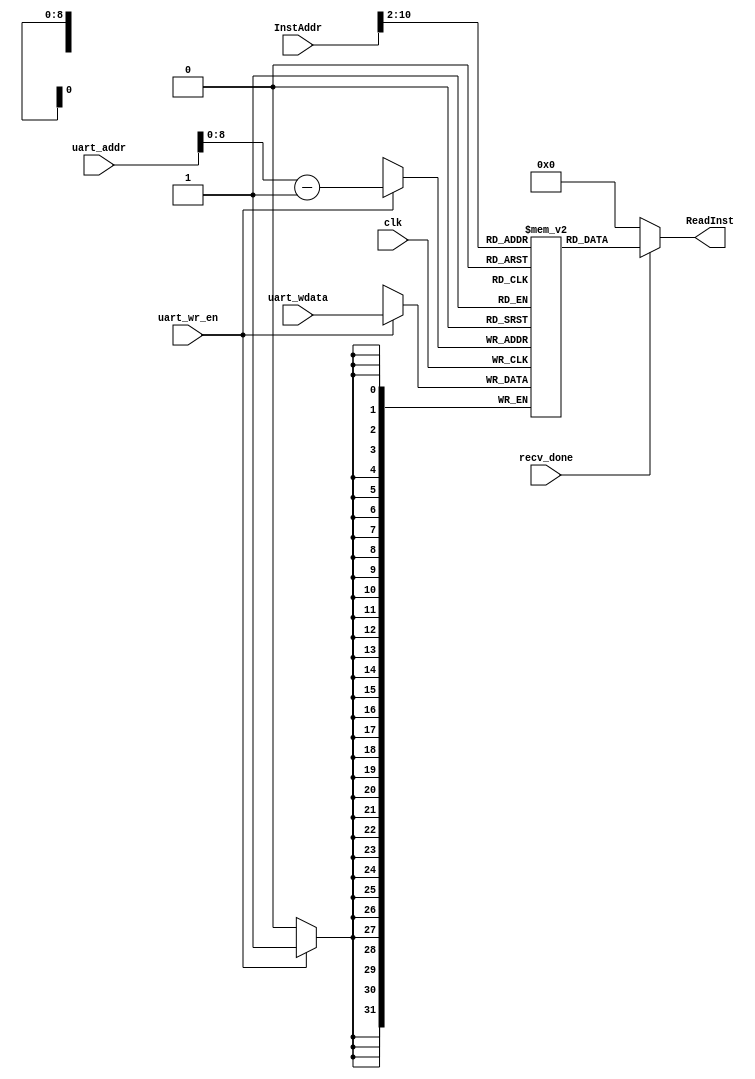
`timescale 1ns / 1ps
//////////////////////////////////////////////////////////////////////////////////
// Class: Experiments on Fundamentals of Digital Logic and Processor
// Designer: Shao Chenyang
// 
// Design Name: PipelineCPU
// Module Name: InstMem
// Project Name: Pipeline-cpu
// Target Devices: 
// Tool Versions: Vivado 2017.4 
// Description:  store all the instructions, instructions memory. 
// 
// Dependencies: 
// 
// Revision:
// Revision 0.01 - File Created
// Additional Comments:
// 
//////////////////////////////////////////////////////////////////////////////////

module InstMem (clk, InstAddr, ReadInst, uart_addr, uart_wr_en, uart_wdata, recv_done);

    input clk;
    input [31:0] InstAddr;
    input [15:0] uart_addr;
    input uart_wr_en;
    input [31:0] uart_wdata;
    input recv_done;

    output [31:0] ReadInst;

    parameter MEM_SIZE = 512;
    reg [31:0] instData [MEM_SIZE-1 : 0];

    always@(posedge clk)
    begin
        if (uart_wr_en) instData[uart_addr-1] <= uart_wdata;
    end

    assign ReadInst = recv_done ? instData[InstAddr[10:2]] : 0;

endmodule
/*
    parameter Inst_Num = 134;
    integer i;
    initial 
    begin   
        instData[9'd0] <= 32'h20100050;
        instData[9'd1] <= 32'h20110320;
        instData[9'd2] <= 32'h20120020;
        instData[9'd3] <= 32'h20130004;
        instData[9'd4] <= 32'h3c016162;
        instData[9'd5] <= 32'h34216162;
        instData[9'd6] <= 32'h00014020;
        instData[9'd7] <= 32'hae080000;
        instData[9'd8] <= 32'hae080004;
        instData[9'd9] <= 32'hae080008;
        instData[9'd10] <= 32'hae08000c;
        instData[9'd11] <= 32'hae080010;
        instData[9'd12] <= 32'hae080014;
        instData[9'd13] <= 32'hae080018;
        instData[9'd14] <= 32'hae08001c;
        instData[9'd15] <= 32'h3c016162;
        instData[9'd16] <= 32'h34216162;
        instData[9'd17] <= 32'h00014020;
        instData[9'd18] <= 32'hae280000;
        instData[9'd19] <= 32'h24080000;
        instData[9'd20] <= 32'h24090000;
        instData[9'd21] <= 32'h240a0000;
        instData[9'd22] <= 32'h02605827;
        instData[9'd23] <= 32'h216b0001;
        instData[9'd24] <= 32'h0172a020;
        instData[9'd25] <= 32'h228b0001; // for 1
        instData[9'd26] <= 32'h010b582a;
        instData[9'd27] <= 32'h20010001;
        instData[9'd28] <= 32'h142b0011;
        instData[9'd29] <= 32'h24090000;
        instData[9'd30] <= 32'h0133582a; // for2
        instData[9'd31] <= 32'h20010001;
        instData[9'd32] <= 32'h142b0009;
        instData[9'd33] <= 32'h01095820;
        instData[9'd34] <= 32'h01705820;
        instData[9'd35] <= 32'h816b0000;
        instData[9'd36] <= 32'h00096021;
        instData[9'd37] <= 32'h01916020;
        instData[9'd38] <= 32'h818c0000;
        instData[9'd39] <= 32'h156c0002;
        instData[9'd40] <= 32'h21290001;
        instData[9'd41] <= 32'h0800001e;  //j for2
        instData[9'd42] <= 32'h15330001;
        instData[9'd43] <= 32'h214a0001;
        instData[9'd44] <= 32'h21080001;
        instData[9'd45] <= 32'h08000019;  // j for1
        instData[9'd46] <= 32'h000a1021;

        instData[9'd47] <= 32'h2402000f;
        instData[9'd48] <= 32'h00029c00;
        instData[9'd49] <= 32'h00029f02;
        instData[9'd50] <= 32'h00029500;
        instData[9'd51] <= 32'h00129702;
        instData[9'd52] <= 32'h00028e00;
        instData[9'd53] <= 32'h00118f02;
        instData[9'd54] <= 32'h00028700;
        instData[9'd55] <= 32'h00108702;
        instData[9'd56] <= 32'h20040640;
        instData[9'd57] <= 32'h2008003f;
        instData[9'd58] <= 32'hac880000;
        instData[9'd59] <= 32'h20080006;
        instData[9'd60] <= 32'hac880004;
        instData[9'd61] <= 32'h2008005b;
        instData[9'd62] <= 32'hac880008;
        instData[9'd63] <= 32'h2008004f;
        instData[9'd64] <= 32'hac88000c;
        instData[9'd65] <= 32'h20080066;
        instData[9'd66] <= 32'hac880010;
        instData[9'd67] <= 32'h2008006d;
        instData[9'd68] <= 32'hac880014;
        instData[9'd69] <= 32'h2008007d;
        instData[9'd70] <= 32'hac880018;
        instData[9'd71] <= 32'h20080007;
        instData[9'd72] <= 32'hac88001c;
        instData[9'd73] <= 32'h2008007f;
        instData[9'd74] <= 32'hac880020;
        instData[9'd75] <= 32'h2008006f;
        instData[9'd76] <= 32'hac880024;
        instData[9'd77] <= 32'h2008005f;
        instData[9'd78] <= 32'hac880028;
        instData[9'd79] <= 32'h2008007c;
        instData[9'd80] <= 32'hac88002c;
        instData[9'd81] <= 32'h20080039;
        instData[9'd82] <= 32'hac880030;
        instData[9'd83] <= 32'h2008005e;
        instData[9'd84] <= 32'hac880034;
        instData[9'd85] <= 32'h2008007b;
        instData[9'd86] <= 32'hac880038;
        instData[9'd87] <= 32'h20080071;
        instData[9'd88] <= 32'hac88003c;
        instData[9'd89] <= 32'h00108080;
        instData[9'd90] <= 32'h02048020;
        instData[9'd91] <= 32'h8e100000;
        instData[9'd92] <= 32'h22100100;
        instData[9'd93] <= 32'h00118880;
        instData[9'd94] <= 32'h02248820;
        instData[9'd95] <= 32'h8e310000;
        instData[9'd96] <= 32'h22310200;
        instData[9'd97] <= 32'h00129080;
        instData[9'd98] <= 32'h02449020;
        instData[9'd99] <= 32'h8e520000;
        instData[9'd100] <= 32'h22520400;
        instData[9'd101] <= 32'h00139880;
        instData[9'd102] <= 32'h02649820;
        instData[9'd103] <= 32'h8e730000;
        instData[9'd104] <= 32'h22730800;
        instData[9'd105] <= 32'h3c014000;   //bigfor
        instData[9'd106] <= 32'h00200821;
        instData[9'd107] <= 32'hac300010;
        instData[9'd108] <= 32'h20080000;
        instData[9'd109] <= 32'h21080001;
        instData[9'd110] <= 32'h20012710;
        instData[9'd111] <= 32'h1428fffd;
        instData[9'd112] <= 32'h3c014000;
        instData[9'd113] <= 32'h00200821;
        instData[9'd114] <= 32'hac310010;
        instData[9'd115] <= 32'h20080000;
        instData[9'd116] <= 32'h21080001;
        instData[9'd117] <= 32'h20012710;
        instData[9'd118] <= 32'h1428fffd;
        instData[9'd119] <= 32'h3c014000;
        instData[9'd120] <= 32'h00200821;
        instData[9'd121] <= 32'hac320010;
        instData[9'd122] <= 32'h20080000;
        instData[9'd123] <= 32'h21080001;
        instData[9'd124] <= 32'h20012710;
        instData[9'd125] <= 32'h1428fffd;
        instData[9'd126] <= 32'h3c014000;
        instData[9'd127] <= 32'h00200821;
        instData[9'd128] <= 32'hac330010;
        instData[9'd129] <= 32'h20080000;
        instData[9'd130] <= 32'h21080001;
        instData[9'd131] <= 32'h20012710;
        instData[9'd132] <= 32'h1428fffd;
        instData[9'd133] <= 32'h08000068; // j Bigfor

        for (i = Inst_Num; i < MEM_SIZE; i = i + 1)
            instData[i] <= 0;
    end
*/


/*
instData[9'd0] <= 32'h20100008;
instData[9'd1] <= 32'h20110028;
instData[9'd2] <= 32'h20120008;
instData[9'd3] <= 32'h20130004;
instData[9'd4] <= 32'h3c016162;
instData[9'd5] <= 32'h34216162;
instData[9'd6] <= 32'h00014020;
instData[9'd7] <= 32'hae080000;
instData[9'd8] <= 32'hae080004;
instData[9'd9] <= 32'hae080008;
instData[9'd10] <= 32'hae08000c;
instData[9'd11] <= 32'hae080010;
instData[9'd12] <= 32'hae080014;
instData[9'd13] <= 32'hae080018;
instData[9'd14] <= 32'hae08001c;
instData[9'd15] <= 32'h3c016162;
instData[9'd16] <= 32'h34216162;
instData[9'd17] <= 32'h00014020;
instData[9'd18] <= 32'hae280000;
instData[9'd19] <= 32'h24080000;
instData[9'd20] <= 32'h24090000;
instData[9'd21] <= 32'h240a0000;
instData[9'd22] <= 32'h02605827;
instData[9'd23] <= 32'h216b0001;
instData[9'd24] <= 32'h0172a020;
instData[9'd25] <= 32'h228b0001; // for 1
instData[9'd26] <= 32'h010b582a;
instData[9'd27] <= 32'h20010001;
instData[9'd28] <= 32'h142b0011;
instData[9'd29] <= 32'h24090000;
instData[9'd30] <= 32'h0133582a; // for2
instData[9'd31] <= 32'h20010001;
instData[9'd32] <= 32'h142b0009;
instData[9'd33] <= 32'h01095820;
instData[9'd34] <= 32'h01705820;
instData[9'd35] <= 32'h816b0000;
instData[9'd36] <= 32'h00096021;
instData[9'd37] <= 32'h01916020;
instData[9'd38] <= 32'h818c0000;
instData[9'd39] <= 32'h156c0002;
instData[9'd40] <= 32'h21290001;
instData[9'd41] <= 32'h0800001e;  //j for2
instData[9'd42] <= 32'h15330001;
instData[9'd43] <= 32'h214a0001;
instData[9'd44] <= 32'h21080001;
instData[9'd45] <= 32'h08000019;  // j for1
instData[9'd46] <= 32'h000a1021;
*/
/*
 instData[9'd0] <= 32'h20100050;
    instData[9'd1] <= 32'h201104b0;
    instData[9'd2] <= 32'h20120008;
    instData[9'd3] <= 32'h20130004;
    instData[9'd4] <= 32'h3c016162;
    instData[9'd5] <= 32'h34216162;
    instData[9'd6] <= 32'h00014020;
    instData[9'd7] <= 32'hae080000;
    instData[9'd8] <= 32'hae080004;
    instData[9'd9] <= 32'h82180003;  // lb test
    instData[9'd10] <= 32'h3c016162;
    instData[9'd11] <= 32'h34216162;
    instData[9'd12] <= 32'h00014020;
    instData[9'd13] <= 32'hae280000;
    instData[9'd14] <= 32'h24080000;
    instData[9'd15] <= 32'h24090000;
    instData[9'd16] <= 32'h240a0000;
    instData[9'd17] <= 32'h02605827;
    instData[9'd18] <= 32'h216b0001;
    instData[9'd19] <= 32'h0172a020;
    instData[9'd20] <= 32'h228b0001; // for 1
    instData[9'd21] <= 32'h010b582a;
    instData[9'd22] <= 32'h20010001;
    instData[9'd23] <= 32'h142b0011;
    instData[9'd24] <= 32'h24090000;
    instData[9'd25] <= 32'h0133582a; // for2
    instData[9'd26] <= 32'h20010001;
    instData[9'd27] <= 32'h142b0009;
    instData[9'd28] <= 32'h01095820;
    instData[9'd29] <= 32'h01705820;
    instData[9'd30] <= 32'h816b0000;
    instData[9'd31] <= 32'h00096021;
    instData[9'd32] <= 32'h01916020;
    instData[9'd33] <= 32'h818c0000;
    instData[9'd34] <= 32'h156c0002;
    instData[9'd35] <= 32'h21290001;
    instData[9'd36] <= 32'h08000019;  // j for2
    instData[9'd37] <= 32'h15330001;
    instData[9'd38] <= 32'h214a0001;
    instData[9'd39] <= 32'h21080001;
    instData[9'd40] <= 32'h08000014;  // j for1
    instData[9'd41] <= 32'h000a1021;
*/

/*
    instData[9'd0] <= 32'h20100050;
    instData[9'd1] <= 32'h20110320;
    instData[9'd2] <= 32'h20120020;
    instData[9'd3] <= 32'h20130004;
    instData[9'd4] <= 32'h3c016162;
    instData[9'd5] <= 32'h34216162;
    instData[9'd6] <= 32'h00014020;
    instData[9'd7] <= 32'hae080000;
    instData[9'd8] <= 32'hae080004;
    instData[9'd9] <= 32'hae080008;
    instData[9'd10] <= 32'hae08000c;
    instData[9'd11] <= 32'hae080010;
    instData[9'd12] <= 32'hae080014;
    instData[9'd13] <= 32'hae080018;
    instData[9'd14] <= 32'hae08001c;
    instData[9'd15] <= 32'h3c016162;
    instData[9'd16] <= 32'h34216162;
    instData[9'd17] <= 32'h00014020;
    instData[9'd18] <= 32'hae280000;
    instData[9'd19] <= 32'h24080000;
    instData[9'd20] <= 32'h24090000;
    instData[9'd21] <= 32'h240a0000;
    instData[9'd22] <= 32'h02605827;
    instData[9'd23] <= 32'h216b0001;
    instData[9'd24] <= 32'h0172a020;
    instData[9'd25] <= 32'h228b0001; // for 1
    instData[9'd26] <= 32'h010b582a;
    instData[9'd27] <= 32'h20010001;
    instData[9'd28] <= 32'h142b0011;
    instData[9'd29] <= 32'h24090000;
    instData[9'd30] <= 32'h0133582a; // for2
    instData[9'd31] <= 32'h20010001;
    instData[9'd32] <= 32'h142b0009;
    instData[9'd33] <= 32'h01095820;
    instData[9'd34] <= 32'h01705820;
    instData[9'd35] <= 32'h816b0000;
    instData[9'd36] <= 32'h00096021;
    instData[9'd37] <= 32'h01916020;
    instData[9'd38] <= 32'h818c0000;
    instData[9'd39] <= 32'h156c0002;
    instData[9'd40] <= 32'h21290001;
    instData[9'd41] <= 32'h0800001e;  //j for2
    instData[9'd42] <= 32'h15330001;
    instData[9'd43] <= 32'h214a0001;
    instData[9'd44] <= 32'h21080001;
    instData[9'd45] <= 32'h08000019;  // j for1
    instData[9'd46] <= 32'h000a1021;
   
    instData[9'd47] <= 32'h00029c00;
    instData[9'd48] <= 32'h00029f02;
    instData[9'd49] <= 32'h00029500;
    instData[9'd50] <= 32'h00129702;
    instData[9'd51] <= 32'h00028e00;
    instData[9'd52] <= 32'h00118f02;
    instData[9'd53] <= 32'h00028700;
    instData[9'd54] <= 32'h00108702;
    instData[9'd55] <= 32'h20040640;
    instData[9'd56] <= 32'h2008003f;
    instData[9'd57] <= 32'hac880000;
    instData[9'd58] <= 32'h20080006;
    instData[9'd59] <= 32'hac880004;
    instData[9'd60] <= 32'h2008005b;
    instData[9'd61] <= 32'hac880008;
    instData[9'd62] <= 32'h2008004f;
    instData[9'd63] <= 32'hac88000c;
    instData[9'd64] <= 32'h20080066;
    instData[9'd65] <= 32'hac880010;
    instData[9'd66] <= 32'h2008006d;
    instData[9'd67] <= 32'hac880014;
    instData[9'd68] <= 32'h2008007d;
    instData[9'd69] <= 32'hac880018;
    instData[9'd70] <= 32'h20080007;
    instData[9'd71] <= 32'hac88001c;
    instData[9'd72] <= 32'h2008007f;
    instData[9'd73] <= 32'hac880020;
    instData[9'd74] <= 32'h2008006f;
    instData[9'd75] <= 32'hac880024;
    instData[9'd76] <= 32'h2008005f;
    instData[9'd77] <= 32'hac880028;
    instData[9'd78] <= 32'h2008007c;
    instData[9'd79] <= 32'hac88002c;
    instData[9'd80] <= 32'h20080039;
    instData[9'd81] <= 32'hac880030;
    instData[9'd82] <= 32'h2008005e;
    instData[9'd83] <= 32'hac880034;
    instData[9'd84] <= 32'h2008007b;
    instData[9'd85] <= 32'hac880038;
    instData[9'd86] <= 32'h20080071;
    instData[9'd87] <= 32'hac88003c;
    instData[9'd88] <= 32'h00108080;
    instData[9'd89] <= 32'h02048020;
    instData[9'd90] <= 32'h8e100000;
    instData[9'd91] <= 32'h22100100;
    instData[9'd92] <= 32'h00118880;
    instData[9'd93] <= 32'h02248820;
    instData[9'd94] <= 32'h8e310000;
    instData[9'd95] <= 32'h22310200;
    instData[9'd96] <= 32'h00129080;
    instData[9'd97] <= 32'h02449020;
    instData[9'd98] <= 32'h8e520000;
    instData[9'd99] <= 32'h22520400;
    instData[9'd100] <= 32'h00139880;
    instData[9'd101] <= 32'h02649820;
    instData[9'd102] <= 32'h8e730000;
    instData[9'd103] <= 32'h22730800;
    instData[9'd104] <= 32'h3c014000;   //bigfor
    instData[9'd105] <= 32'h00200821;
    instData[9'd106] <= 32'hac300010;
    instData[9'd107] <= 32'h20080000;
    instData[9'd108] <= 32'h21080001;
    instData[9'd109] <= 32'h20012710;
    instData[9'd110] <= 32'h1428fffd;
    instData[9'd111] <= 32'h3c014000;
    instData[9'd112] <= 32'h00200821;
    instData[9'd113] <= 32'hac310010;
    instData[9'd114] <= 32'h20080000;
    instData[9'd115] <= 32'h21080001;
    instData[9'd116] <= 32'h20012710;
    instData[9'd117] <= 32'h1428fffd;
    instData[9'd118] <= 32'h3c014000;
    instData[9'd119] <= 32'h00200821;
    instData[9'd120] <= 32'hac320010;
    instData[9'd121] <= 32'h20080000;
    instData[9'd122] <= 32'h21080001;
    instData[9'd123] <= 32'h20012710;
    instData[9'd124] <= 32'h1428fffd;
    instData[9'd125] <= 32'h3c014000;
    instData[9'd126] <= 32'h00200821;
    instData[9'd127] <= 32'hac330010;
    instData[9'd128] <= 32'h20080000;
    instData[9'd129] <= 32'h21080001;
    instData[9'd130] <= 32'h20012710;
    instData[9'd131] <= 32'h1428fffd;
    instData[9'd132] <= 32'h08000068; // j Bigfor
*/